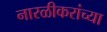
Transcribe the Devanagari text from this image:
नारळीकरांच्या